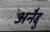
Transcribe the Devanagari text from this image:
अनैद्दु